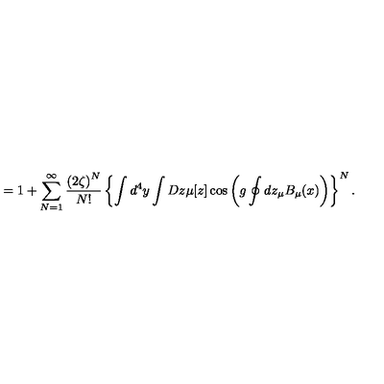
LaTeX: = 1 + \sum _ { N = 1 } ^ { \infty } \frac { \left( 2 \zeta \right) ^ { N } } { N ! } \left\{ \int d ^ { 4 } y \int D z \mu [ z ] \cos \left( g \oint d z _ { \mu } B _ { \mu } ( x ) \right) \right\} ^ { N } .